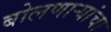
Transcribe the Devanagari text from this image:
बोलणार्‍यांचा